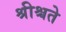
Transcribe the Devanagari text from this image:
श्रीश्चते